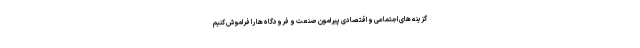
گزینه های اجتماعی و اقتصادی پیرامون صنعت و فرودگاه ها را فراموش کنیم